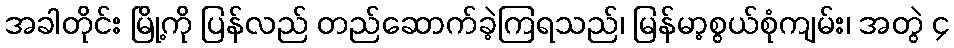
အခါတိုင်း မြို့ကို ပြန်လည် တည်ဆောက်ခဲ့ကြရသည်၊ မြန်မာ့စွယ်စုံကျမ်း၊ အတွဲ ၄